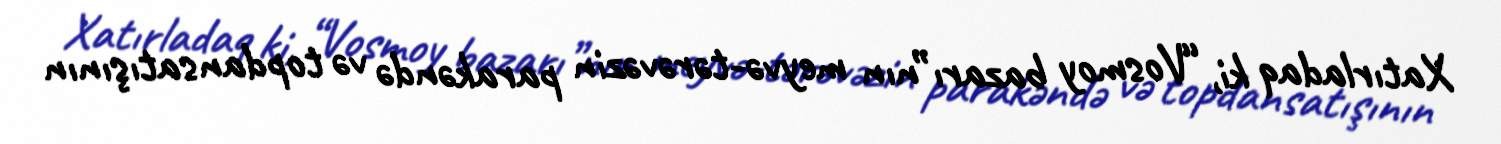
Xatırladaq ki, “Vosmoy bazarı”nın meyvə-tərəvəzin parakəndə və topdansatışının